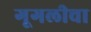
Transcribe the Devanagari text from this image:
गूगलीचा